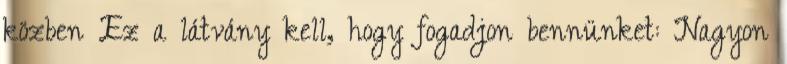
közben Ez a látvány kell, hogy fogadjon bennünket: Nagyon